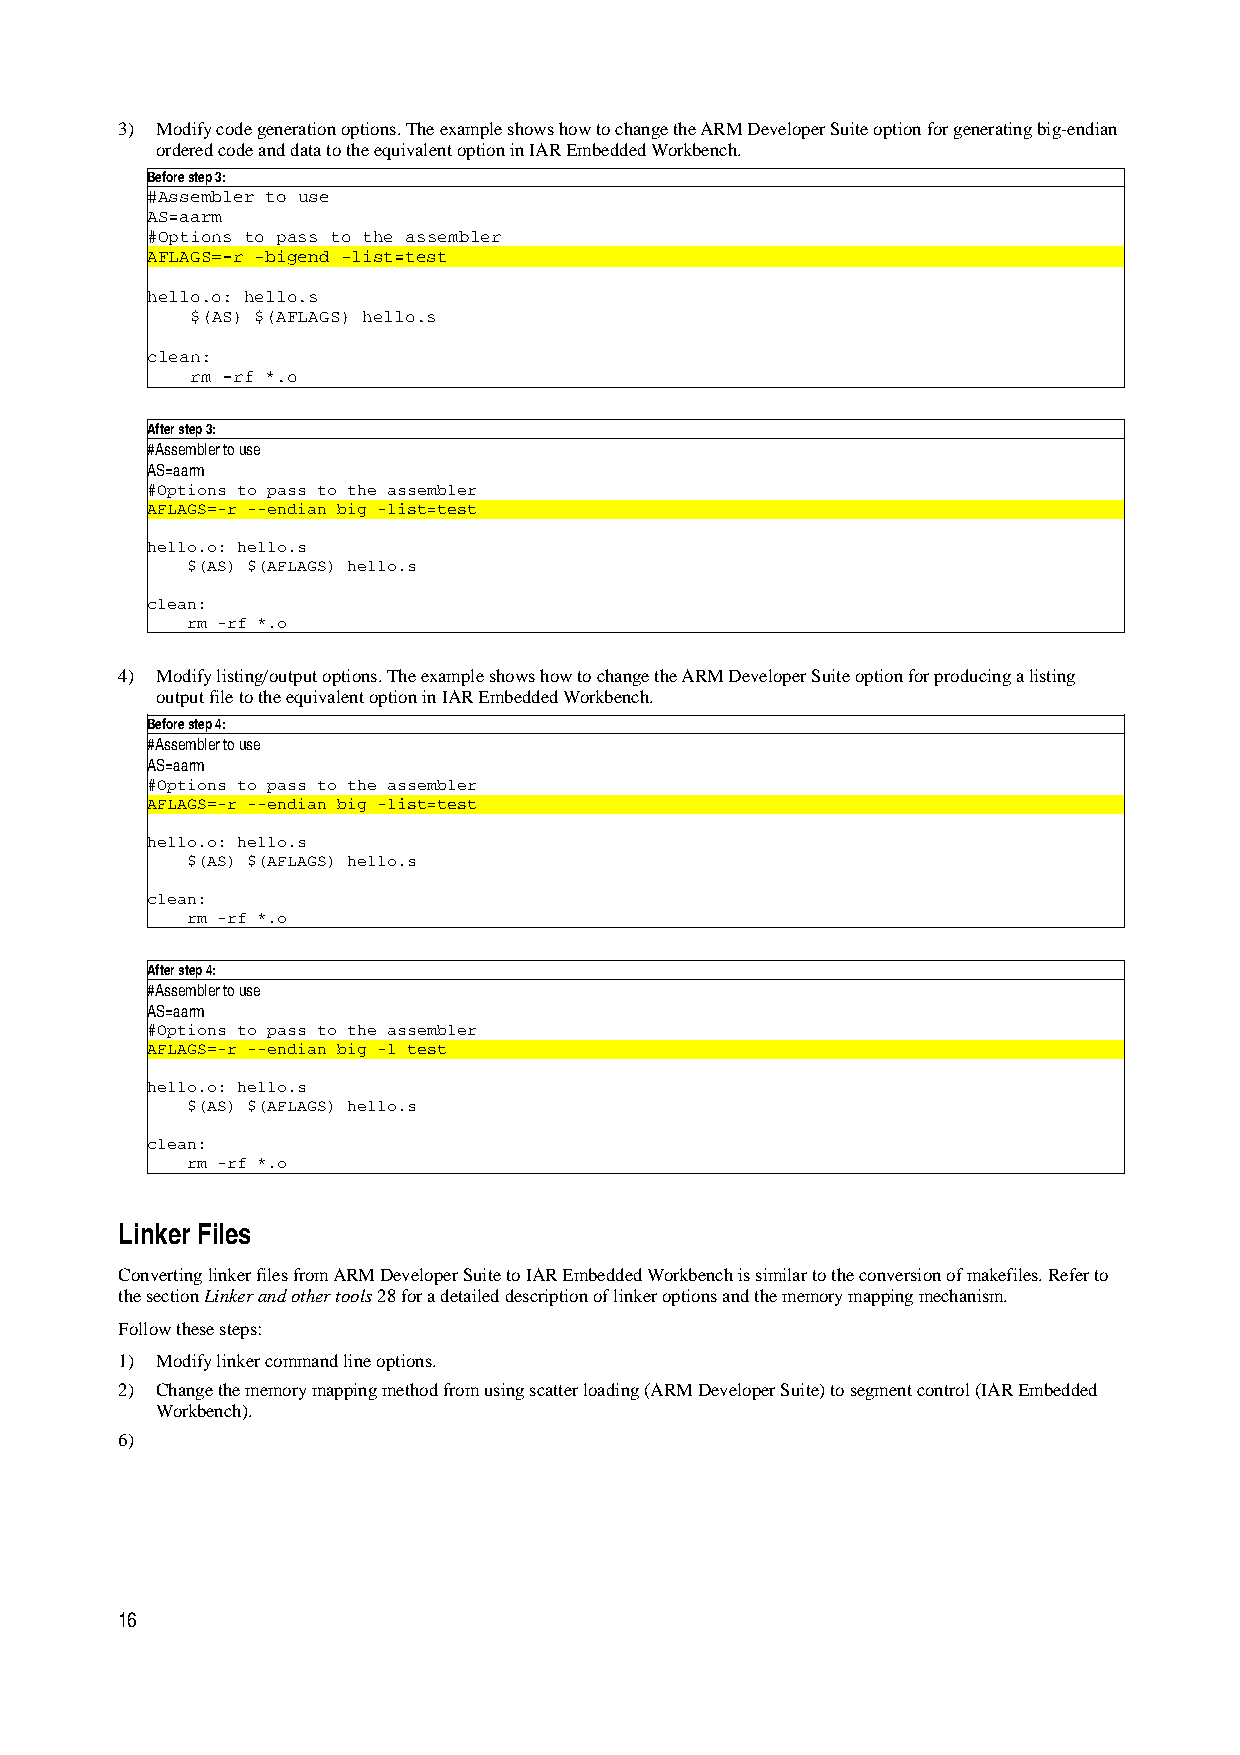
3) Modify code generation options. The example shows how to change the ARM Developer Suite option for generating big-endian
 ordered code and data to the equivalent option in IAR Embedded Workbench.
 Before step 3:
 #Assembler to use
 AS=aarm
 #Options to pass to the assembler
 AFLAGS=-r -bigend -list=test
 hello.o: hello.s
 $(AS) $(AFLAGS) hello.s
 clean:
 rm -rf *.o
 After step 3:
 #Assembler to use
 AS=aarm
 #Options to pass to the assembler
 AFLAGS=-r --endian big -list=test
 hello.o: hello.s
 $(AS) $(AFLAGS) hello.s
 clean:
 rm -rf *.o
 4) Modify listing/output options. The example shows how to change the ARM Developer Suite option for producing a listing
 output file to the equivalent option in IAR Embedded Workbench.
 Before step 4:
 #Assembler to use
 AS=aarm
 #Options to pass to the assembler
 AFLAGS=-r --endian big -list=test
 hello.o: hello.s
 $(AS) $(AFLAGS) hello.s
 clean:
 rm -rf *.o
 After step 4:
 #Assembler to use
 AS=aarm
 #Options to pass to the assembler
 AFLAGS=-r --endian big -l test
 hello.o: hello.s
 $(AS) $(AFLAGS) hello.s
 clean:
 rm -rf *.o
 Linker Files
 Converting linker files from ARM Developer Suite to IAR Embedded Workbench is similar to the conversion of makefiles. Refer to
 the section Linker and other tools 28 for a detailed description of linker options and the memory mapping mechanism.
 Follow these steps:
 1) Modify linker command line options.
 2) Change the memory mapping method from using scatter loading (ARM Developer Suite) to segment control (IAR Embedded
 Workbench).
 6)
 16